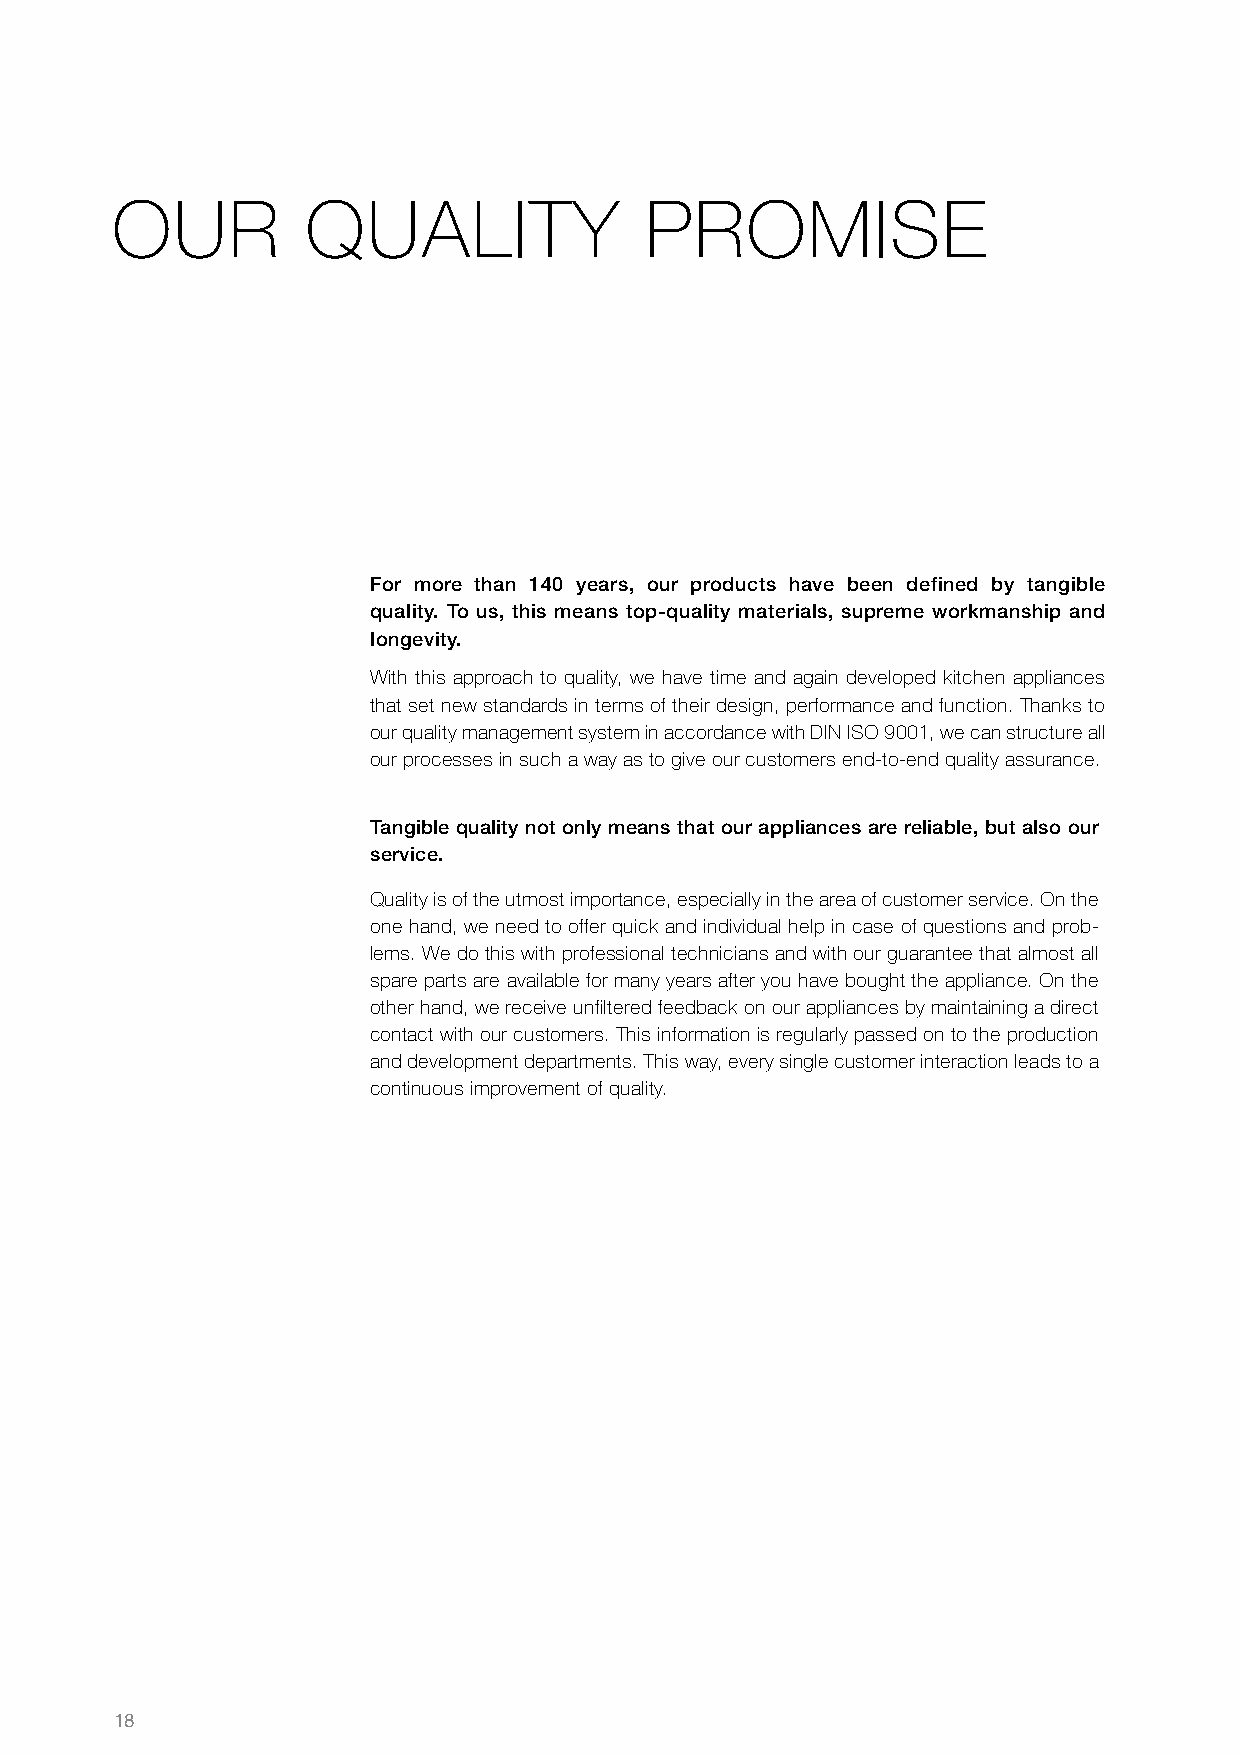
OUR          QUALITY                PROMISE
 For more than 140 years, our products have been defined by tangible
 quality. To us, this means top-quality materials, supreme workmanship and
 longevity.
 With this approach to quality, we have time and again developed kitchen appliances
 that set new standards in terms of their design, performance and function. Thanks to
 our quality management system in accordance with DIN ISO 9001, we can structure all
 our processes in such a way as to give our customers end-to-end quality assurance.
 Tangible quality not only means that our appliances are reliable, but also our
 service.
 Quality is of the utmost importance, especially in the area of customer service. On the
 one hand, we need to offer quick and individual help in case of questions and prob-
 lems. We do this with professional technicians and with our guarantee that almost all
 spare parts are available for many years after you have bought the appliance. On the
 other hand, we receive unfiltered feedback on our appliances by maintaining a direct
 contact with our customers. This information is regularly passed on to the production
 and development departments. This way, every single customer interaction leads to a
 continuous improvement of quality.
 18